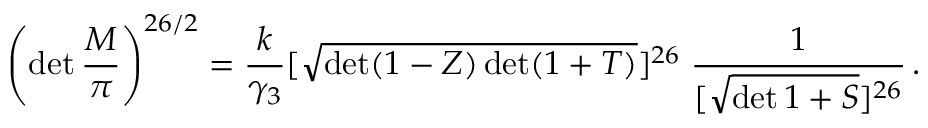
\left( \operatorname * { d e t } \frac { M } { \pi } \right) ^ { 2 6 / 2 } = \frac { k } { \gamma _ { 3 } } [ \sqrt { \operatorname * { d e t } ( 1 - Z ) \operatorname * { d e t } ( 1 + T ) } ] ^ { 2 6 } \; \frac { 1 } { [ \sqrt { \operatorname * { d e t } 1 + S } ] ^ { 2 6 } } \, .